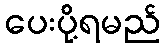
ပေးပို့ရမည်